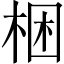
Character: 梱